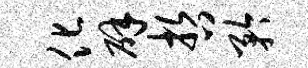
化辟哲矜